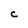
Character: C